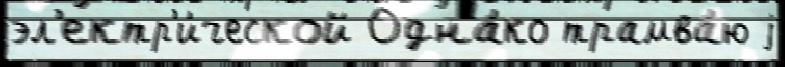
эл'ектр'и́ческой Одна́ко трамва́ю j